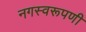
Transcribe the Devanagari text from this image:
नगस्वरूपणी